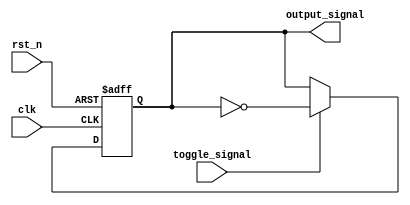
module event_control_example (
    input wire clk,          // Clock input
    input wire rst_n,       // Active low reset
    input wire toggle_signal,// Signal to toggle the output
    output reg output_signal // Output signal
);

// State variable to hold the current state
reg current_state;

// Always block sensitive to the clock and reset
always @(posedge clk or negedge rst_n) begin
    if (!rst_n) begin
        // Reset the output and state on reset
        output_signal <= 1'b0;
        current_state <= 1'b0;
    end else begin
        // Check for toggle signal to change the output
        if (toggle_signal) begin
            output_signal <= ~output_signal; // Toggle the output signal
            current_state <= ~current_state; // Update the current state
        end
    end
end

endmodule